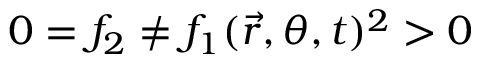
0 = f _ { 2 } \neq f _ { 1 } ( \vec { r } , \theta , t ) ^ { 2 } > 0